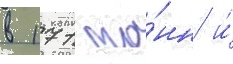
в 171 то́нн и́